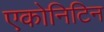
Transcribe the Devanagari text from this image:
एकोनिटिन